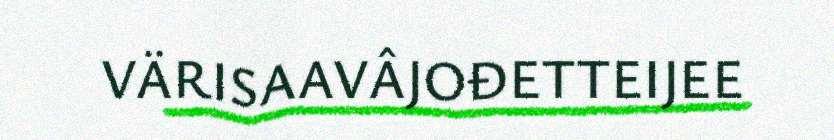
VÄRISAAVÂJOĐETTEIJEE